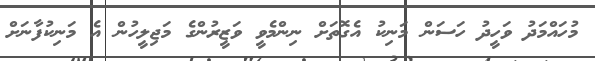
މުހައްމަދު ވަހީދު ހަސަން މަނިކު އެގޮތަށް ނިންމެވީ ވަޒީރުންގެ މަޖިލީހުން އެ މަނިކުފާނަށް